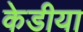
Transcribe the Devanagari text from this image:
केडीया